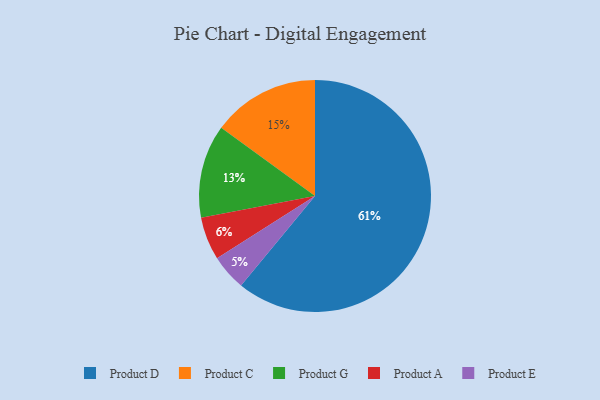
{"axis": {"x": "Category", "y": "Percentage"}, "legend": ["Product A", "Product C", "Product D", "Product E", "Product G"], "data": [{"x": "Product D", "y": 61, "type": "Product D"}, {"x": "Product G", "y": 13, "type": "Product G"}, {"x": "Product C", "y": 15, "type": "Product C"}, {"x": "Product A", "y": 6, "type": "Product A"}, {"x": "Product E", "y": 5, "type": "Product E"}]}